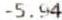
-5.94